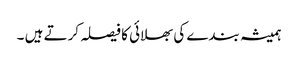
ہمیشہ بندے کی بھلائی کا فیصلہ کرتے ہیں ۔